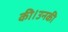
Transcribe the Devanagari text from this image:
की।उनकी